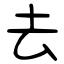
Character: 去